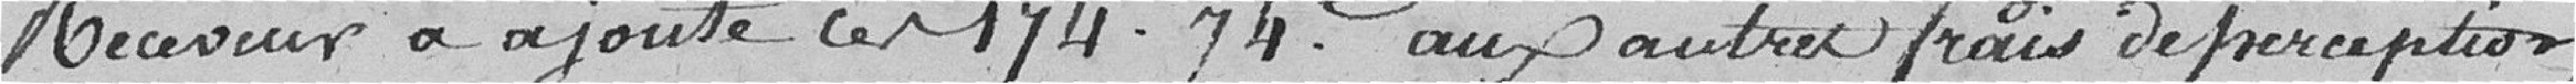
Receveur a ajouté les 174,74 francs aux autres frais de perception